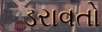
ડરાવતો